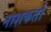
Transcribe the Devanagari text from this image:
नाशकर्ता